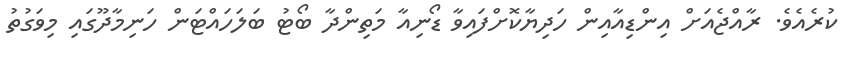
ކުރެއެވެ. ރާއްޖެއަށް އިންޑިއާއިން ހަދިޔާކޮށްފައިވާ ޑޯނިއާ މަތިންދާ ބޯޓު ބަލަހައްޓަން ހަނިމާދޫގައި މިވަގުތު